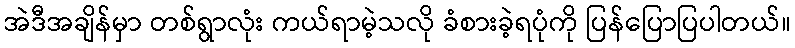
အဲဒီအချိန်မှာ တစ်ရွာလုံး ကယ်ရာမဲ့သလို ခံစားခဲ့ရပုံကို ပြန်ပြောပြပါတယ်။